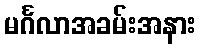
မင်္ဂလာအခမ်းအနား